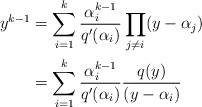
\begin{align*} y^{k-1}&=\sum_{i=1}^{k}\frac{\alpha_i^{k-1}}{q'(\alpha_i)}\prod_{j\neq i}(y-\alpha_j)\\ &=\sum_{i=1}^{k}\frac{\alpha_i^{k-1}}{q'(\alpha_i)}\frac{q(y)}{(y-\alpha_i)}\end{align*}